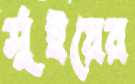
সুঁইয়ের